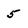
Character: 5